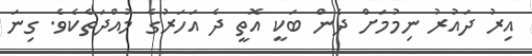
އިރު ދައުރު ނިމުމަށް ދެން ބަކީ އޮތީ ދެ އަހަރުގެ މުއްދަތެކެވެ. ގިނަ